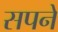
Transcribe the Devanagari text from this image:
सपनें